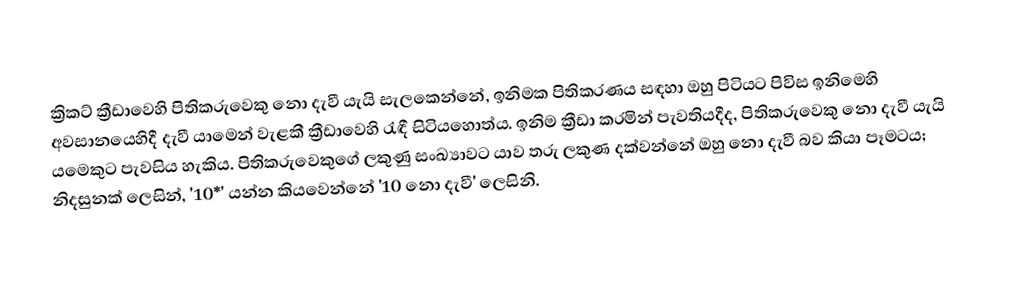
ක්‍රිකට් ක්‍රීඩාවෙහි පිතිකරුවෙකු  නො දැවී යැයි සැලකෙන්නේ, ඉනිමක පිතිකරණය සඳහා ඔහු පිටියට පිවිස ඉනිමෙහි අවසානයෙහිදී  දැවී යාමෙන් වැළකී ක්‍රීඩාවෙහි රැඳී සිටියහොත්ය.  ඉනිම ක්‍රීඩා කරමින් පැවතියදීද, පිතිකරුවෙකු නො දැවී යැයි යමෙකුට  පැවසිය හැකිය.  පිතිකරුවෙකුගේ ලකුණු සංඛ්‍යාවට යාව තරු ලකුණ දක්වන්නේ ඔහු නො දැවී බව කියා පෑමටය; නිදසුනක් ලෙසින්, '10*' යන්න කියවෙන්නේ '10 නො දැවී' ලෙසිනි.